Vaccination United Provinces of Agra and Oudh 1923-1928 - 1923-1928
Year: 1923
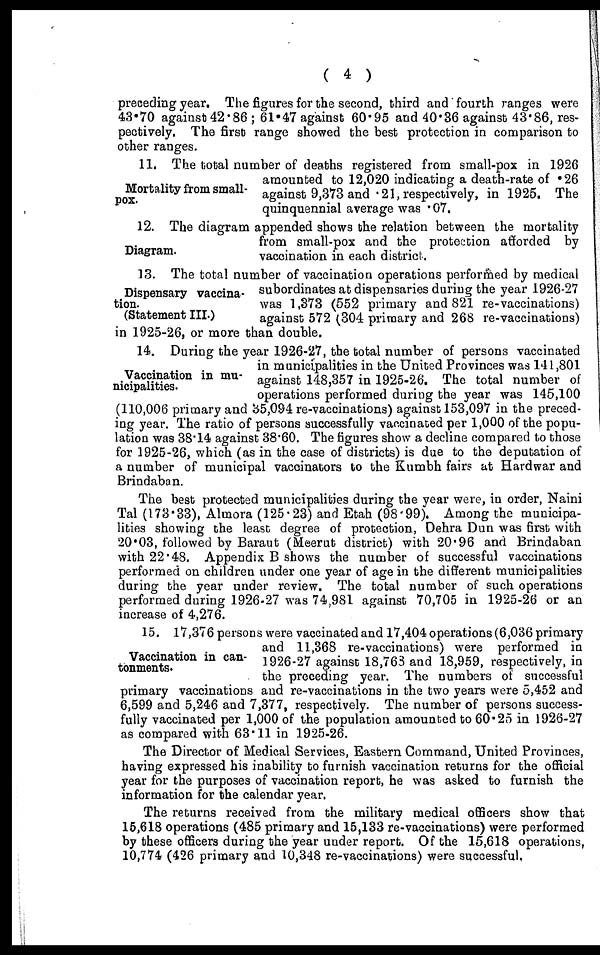
( 4 )
preceding year. The figures for the second, third and fourth ranges were
43.70 against 42.86 ; 61.47 against 60.95 and 40.36 against 43.86, res-
pectively. The first range showed the best protection in comparison to
other ranges.
Mortality from small-
pox.
11. The total number of deaths registered from small-pox in 1926
amounted to 12,020 indicating a death-rate of .26
against 9,373 and .21, respectively, in 1925. The
quinquennial average was .07.
Diagram.
12. The diagram appended shows the relation between the mortality
from small-pox and the protection afforded by
vaccination in each district.
Dispensary vaccina-
tion.
(Statement III.)
13. The total number of vaccination operations performed by medical
subordinates at dispensaries during the year 1926-27
was 1,373 (552 primary and 821 re-vaccinations)
against 572 (304 primary and 268 re-vaccinations)
in 1925-26, or more than double.
Vaccination in mu-
nicipalities.
14. During the year 1926-27, the total number of persons vaccinated
in municipalities in the United Provinces was 141,801
against 148,357 in 1925-26. The total number of
operations performed during the year was 145,100
(110,006 primary and 35,094 re-vaccinations) against 153,097 in the preced-
ing year. The ratio of persons successfully vaccinated per 1,000 of the popu-
lation was 38.14 against 38.60. The figures show a decline compared to those
for 1925-26, which (as in the case of districts) is due to the deputation of
a number of municipal vaccinators to the Kumbh fairs at Hardwar and
Brindaban.
The best protected municipalities during the year were, in order, Naini
Tal (173.33), Almora (125.23) and Etah (98.99). Among the municipa-
lities showing the least degree of protection, Dehra Dun was first with
20.03, followed by Baraut (Meerut district) with 20.96 and Brindaban
with 22.48. Appendix B shows the number of successful vaccinations
performed on children under one year of age in the different municipalities
during the year under review. The total number of such operations
performed during 1926-27 was 74,981 against 70,705 in 1925-26 or an
increase of 4,276.
Vaccination in can-
tonments.
15. 17,376 persons were vaccinated and 17,404 operations (6,036 primary
and 11,368 re-vaccinations) were performed in
1926-27 against 18,763 and 18,959, respectively, in
the preceding year. The numbers of successful
primary vaccinations and re-vaccinations in the two years were 5,452 and
6,599 and 5,246 and 7,377, respectively. The number of persons success-
fully vaccinated per 1,000 of the population amounted to 60.25 in 1926-27
as compared with 63.11 in 1925-26.
The Director of Medical Services, Eastern Command, United Provinces,
having expressed his inability to furnish vaccination returns for the official
year for the purposes of vaccination report, he was asked to furnish the
information for the calendar year.
The returns received from the military medical officers show that
15,618 operations (485 primary and 15,133 re-vaccinations) were performed
by these officers during the year under report. Of the 15,618 operations,
10,774 (426 primary and 10,348 re-vaccinations) were successful,